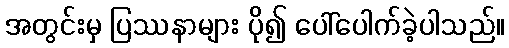
အတွင်းမှ ပြဿနာများ ပို၍ ပေါ်ပေါက်ခဲ့ပါသည်။